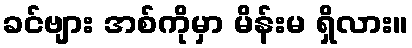
ခင်ဗျား အစ်ကိုမှာ မိန်းမ ရှိလား။